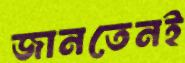
জানতেনই